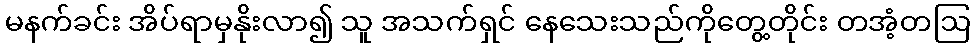
မနက်ခင်း အိပ်ရာမှနိုးလာ၍ သူ အသက်ရှင် နေသေးသည်ကိုတွေ့တိုင်း တအံ့တဩ